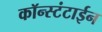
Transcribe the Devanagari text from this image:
कॉन्स्टंटाईन